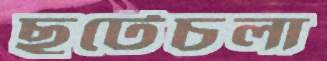
ছুটেচলা